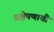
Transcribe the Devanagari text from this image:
प्रक्षेपणाची